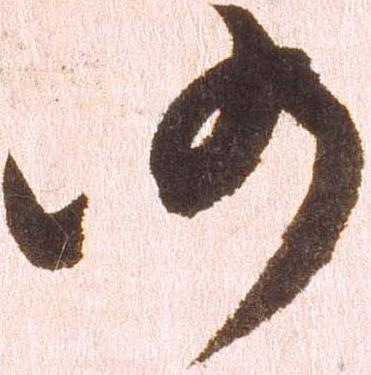
仍